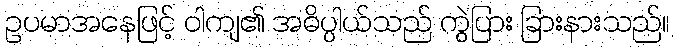
ဥပမာအနေဖြင့် ဝါကျ၏ အဓိပ္ပါယ်သည် ကွဲပြား ခြားနားသည်။